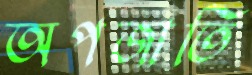
অপজাতি